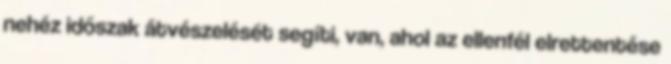
nehéz időszak átvészelését segíti, van, ahol az ellenfél elrettentése